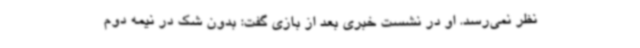
نظر نمی‌رسد. او در نشست خبری بعد از بازی گفت: بدون شک در نیمه دوم